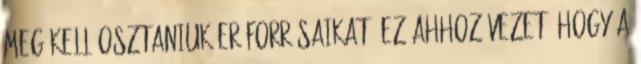
meg kell osztaniuk erőforrásaikat. Ez ahhoz vezet, hogy a